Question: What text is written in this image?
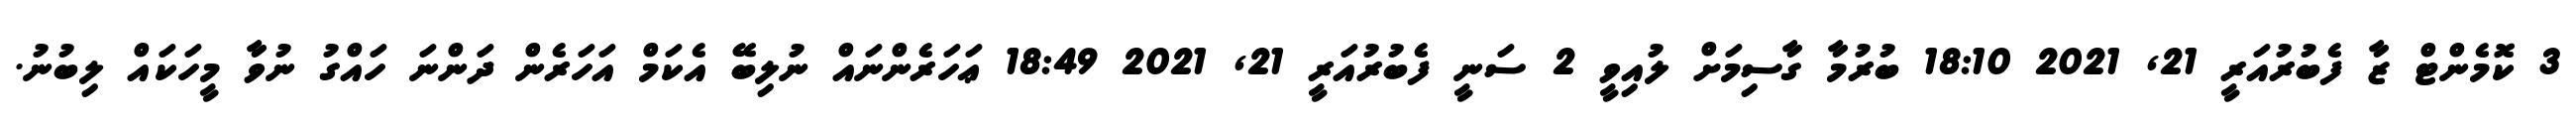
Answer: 3 ކޮމެންޓް ޒާ ފެބުރުއަރީ 21, 2021 18:10 ބުރުމާ ގާސިމަށް ލުއިވީ 2 ސަނީ ފެބުރުއަރީ 21, 2021 18:49 ޢަހަރެންނައް ނުލިބޭ އެކަމް އަހަރެން ދަންނަ ހައްގު ނުވާ މީހަކައް ލިބުނު.